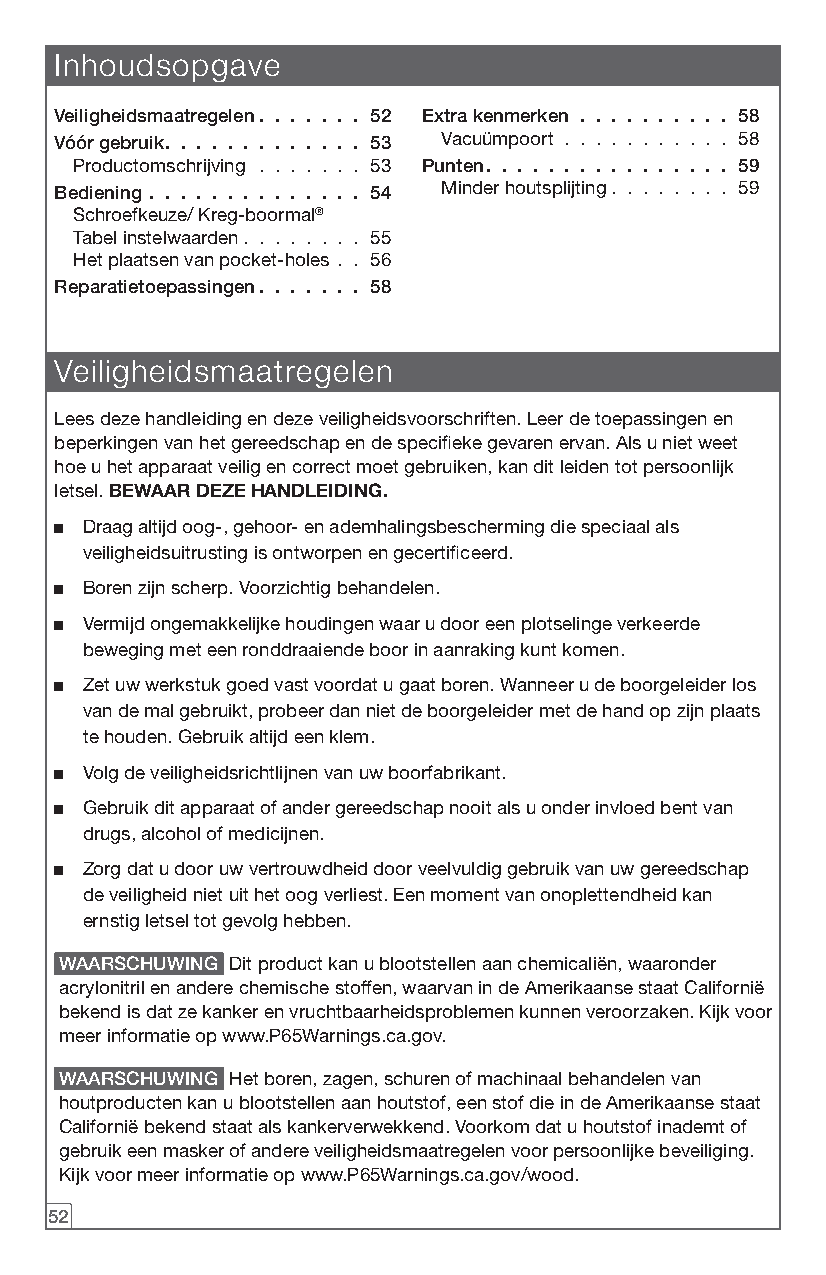
Inhoudsopgave
 Veiligheidsmaatregelen 52 Extra kenmerken    58
 Vóór gebruik        53   Vacuümpoort . . . . . . . . . . . 58
 Productomschrijving . . . . . . . 53 Punten 59
 Bediening           54   Minder houtsplijting. . . . . . . . 59
 Schroefkeuze/ Kreg-boormal®
 Tabel instelwaarden. . . . . . . . 55
 Het plaatsen van pocket-holes . . 56
 Reparatietoepassingen 58
 Veiligheidsmaatregelen
 Lees deze handleiding en deze veiligheidsvoorschriften. Leer de toepassingen en
 beperkingen van het gereedschap en de specifieke gevaren ervan. Als u niet weet
 hoe u het apparaat veilig en correct moet gebruiken, kan dit leiden tot persoonlijk
 letsel. BEWAAR DEZE HANDLEIDING.
 ■ Draag altijd oog-, gehoor- en ademhalingsbescherming die speciaal als
 veiligheidsuitrusting is ontworpen en gecertificeerd.
 ■ Boren zijn scherp. Voorzichtig behandelen.
 ■ Vermijd ongemakkelijke houdingen waar u door een plotselinge verkeerde
 beweging met een ronddraaiende boor in aanraking kunt komen.
 ■ Zet uw werkstuk goed vast voordat u gaat boren. Wanneer u de boorgeleider los
 van de mal gebruikt, probeer dan niet de boorgeleider met de hand op zijn plaats
 te houden. Gebruik altijd een klem.
 ■ Volg de veiligheidsrichtlijnen van uw boorfabrikant.
 ■ Gebruik dit apparaat of ander gereedschap nooit als u onder invloed bent van
 drugs, alcohol of medicijnen.
 ■ Zorg dat u door uw vertrouwdheid door veelvuldig gebruik van uw gereedschap
 de veiligheid niet uit het oog verliest. Een moment van onoplettendheid kan
 ernstig letsel tot gevolg hebben.
 WAARSCHUWING Dit product kan u blootstellen aan chemicaliën, waaronder
 acrylonitril en andere chemische stoffen, waarvan in de Amerikaanse staat Californië
 bekend is dat ze kanker en vruchtbaarheidsproblemen kunnen veroorzaken. Kijk voor
 meer informatie op www.P65Warnings.ca.gov.
 WAARSCHUWING Het boren, zagen, schuren of machinaal behandelen van
 houtproducten kan u blootstellen aan houtstof, een stof die in de Amerikaanse staat
 Californië bekend staat als kankerverwekkend. Voorkom dat u houtstof inademt of
 gebruik een masker of andere veiligheidsmaatregelen voor persoonlijke beveiliging.
 Kijk voor meer informatie op www.P65Warnings.ca.gov/wood.
 52